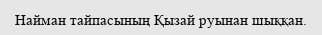
Найман тайпасының Қызай руынан шыққан.